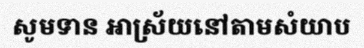
សូមទាន អាស្រ័យនៅតាមសំយាប